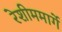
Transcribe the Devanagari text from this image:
रेशीममार्गे